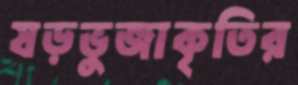
ষড়ভুজাকৃতির